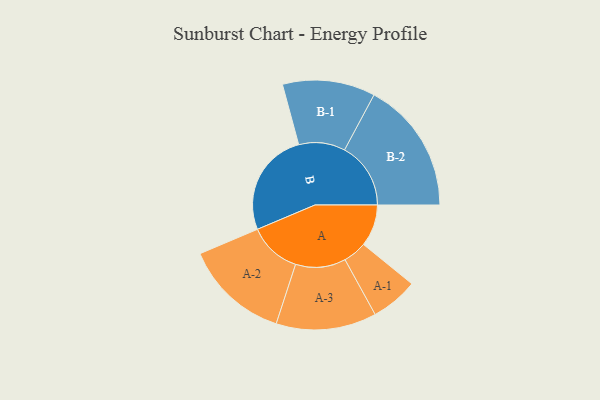
{"axis": {"x": "Segment", "y": "Value"}, "legend": ["", "A", "B"], "data": [{"x": "A", "y": 186, "type": ""}, {"x": "B", "y": 465, "type": ""}, {"x": "A-1", "y": 105, "type": "A"}, {"x": "A-2", "y": 233, "type": "A"}, {"x": "A-3", "y": 223, "type": "A"}, {"x": "B-1", "y": 206, "type": "B"}, {"x": "B-2", "y": 294, "type": "B"}]}